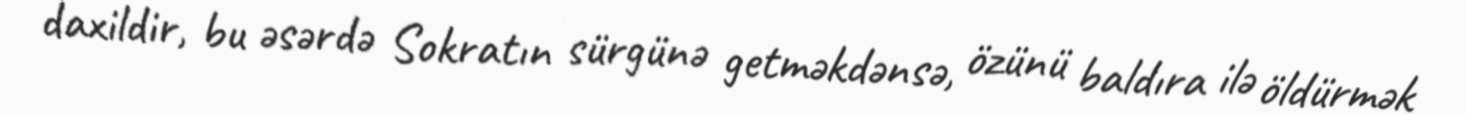
daxildir, bu əsərdə Sokratın sürgünə getməkdənsə, özünü baldıra ilə öldürmək